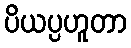
ပိယပ္ပဟူတာ